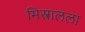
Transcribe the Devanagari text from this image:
मिस्त्रालला